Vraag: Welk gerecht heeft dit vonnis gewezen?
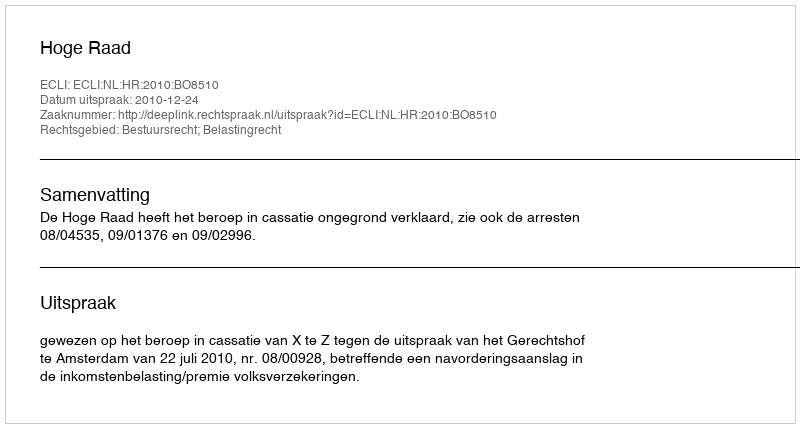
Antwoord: Hoge Raad